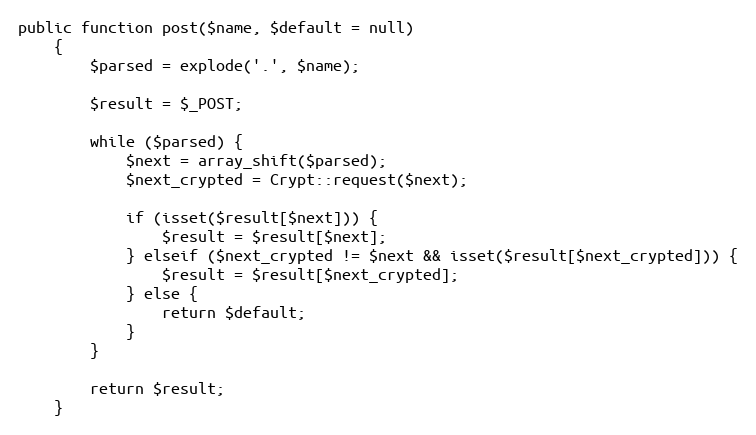
Language: PHP
public function post($name, $default = null)
    {
        $parsed = explode('.', $name);

        $result = $_POST;

        while ($parsed) {
            $next = array_shift($parsed);
            $next_crypted = Crypt::request($next);

            if (isset($result[$next])) {
                $result = $result[$next];
            } elseif ($next_crypted != $next && isset($result[$next_crypted])) {
                $result = $result[$next_crypted];
            } else {
                return $default;
            }
        }

        return $result;
    }